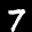
Digit: 7